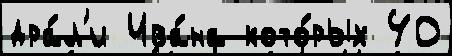
дра́л'и Ива́на кото́рых 40